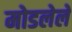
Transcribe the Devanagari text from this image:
मोडलेले